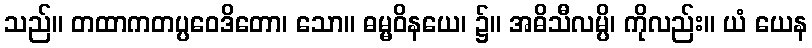
သည်။ တထာကတပ္ပဝေဒိတော၊ သော။ ဓမ္မဝိနယေ၊ ၌။ အဓိသီလမ္ပိ၊ ကိုလည်း။ ယံ ယေန